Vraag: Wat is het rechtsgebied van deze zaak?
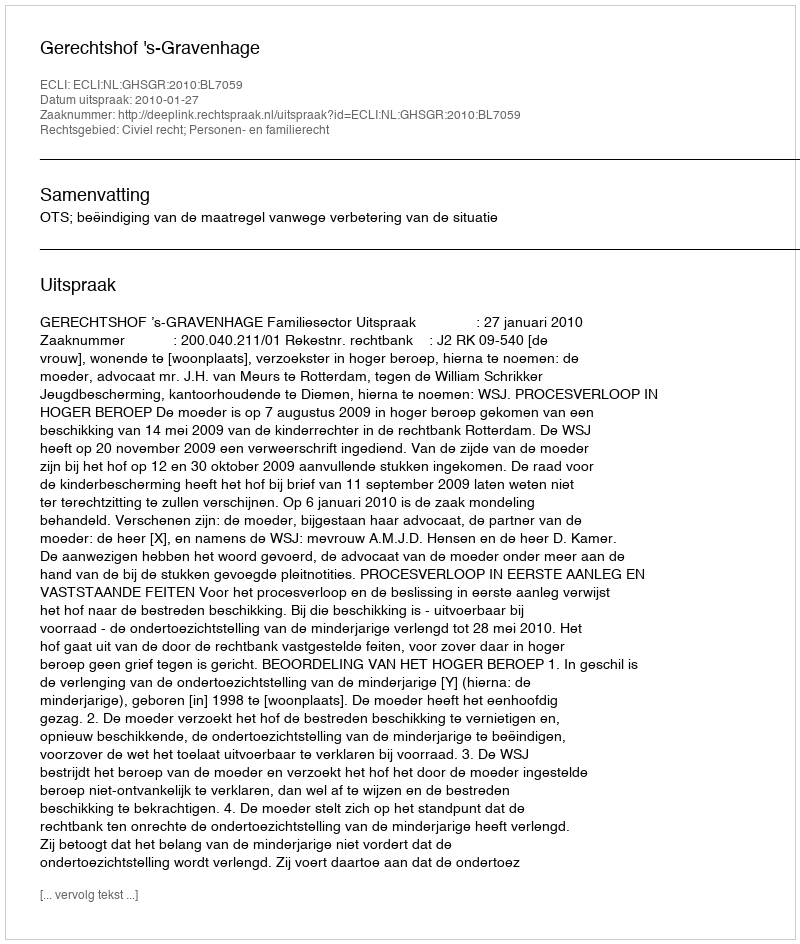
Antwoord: Civiel recht; Personen- en familierecht